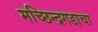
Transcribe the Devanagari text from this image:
मच्छिन्द्रगडाचा